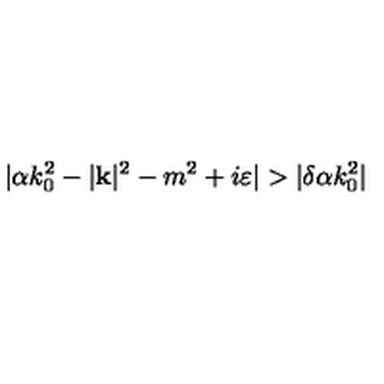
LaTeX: | \alpha k _ { 0 } ^ { 2 } - | \mathbf { k } | ^ { 2 } - m ^ { 2 } + i \varepsilon | > | \delta \alpha k _ { 0 } ^ { 2 } |